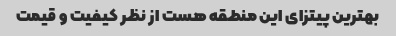
بهترین پیتزای این منطقه هست از نظر کیفیت و قیمت